Civil Veterinary Dept. Bombay admin report 1932-41 - 1932-1941
Year: 1932
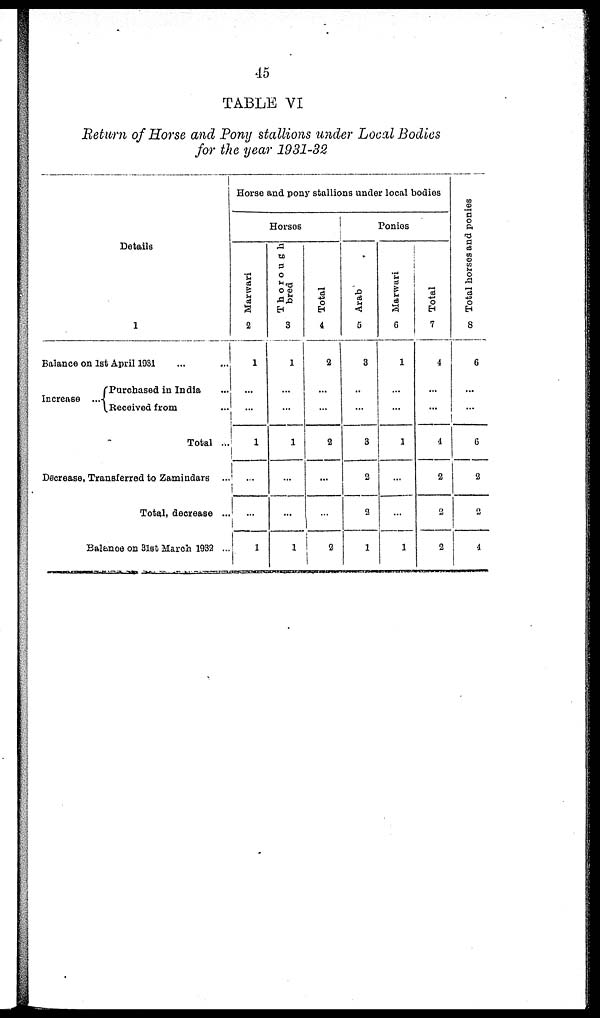
45
TABLE VI
Return of Horse and Pony stallions under Local Bodies
for the year 1931-32
Details
1
Balance on 1st April 1931 ... ...
Increase ...
Purchased in India ...
Received from ...
Total ...
Decrease, Transferred to Zamindars ...
Total, decrease ...
Balance on 31st March 1932 ..
Horse and pony stallions under local bodies
Horses
Marwari
2
1
...
...
1
...
...
1
Thorough
bred
3
1
...
...
1
...
...
1
Total
4
2
...
...
2
...
...
2
Ponies
Arab
5
3
...
...
3
2
2
1
Marwari
6
1
...
...
1
...
...
1
Total
7
4
...
...
4
2
2
2
Total horses and ponies
8
6
...
...
6
2
2
4